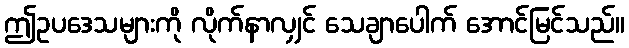
ဤဥပဒေသများကို လိုက်နာလျှင် သေချာပေါက် အောင်မြင်သည်။